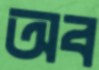
অব